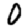
Digit: 0